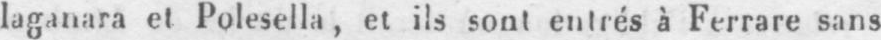
laganara et Polesella, et ils sont entrés à Ferrare sans